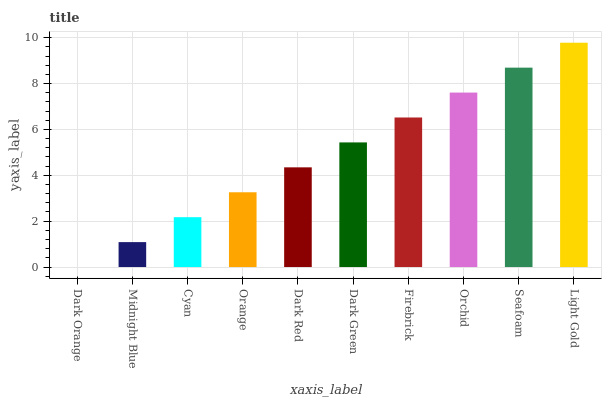
| xaxis_label | bars |
 | --- | --- |
 | Dark Orange | 0 |
 | Midnight Blue | 1.09 |
 | Cyan | 2.17 |
 | Orange | 3.26 |
 | Dark Red | 4.35 |
 | Dark Green | 5.43 |
 | Firebrick | 6.52 |
 | Orchid | 7.61 |
 | Seafoam | 8.69 |
 | Light Gold | 9.78 |